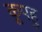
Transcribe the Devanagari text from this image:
कूपहु